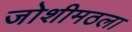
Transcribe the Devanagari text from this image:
जोशीमठला